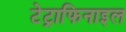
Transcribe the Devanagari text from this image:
टेट्राफिनाइल